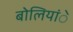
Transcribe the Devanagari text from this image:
बोलियांे